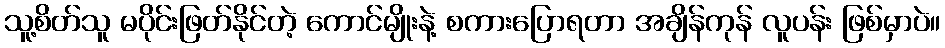
သူ့စိတ်သူ မပိုင်းဖြတ်နိုင်တဲ့ ကောင်မျိုးနဲ့ စကားပြောရတာ အချိန်ကုန် လူပန်း ဖြစ်မှာပဲ။